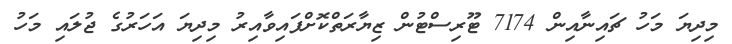
މިދިޔަ މަހު ޗައިނާއިން 7174 ޓޫރިސްޓުން ޒިޔާރަތްކޮށްފައިވާއިރު މިދިޔަ އަހަރުގެ ޖުލައި މަހު